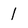
Character: 1